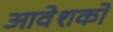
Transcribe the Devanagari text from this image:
आवेशकों